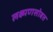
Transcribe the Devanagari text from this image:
लक्ष्मणसोबत